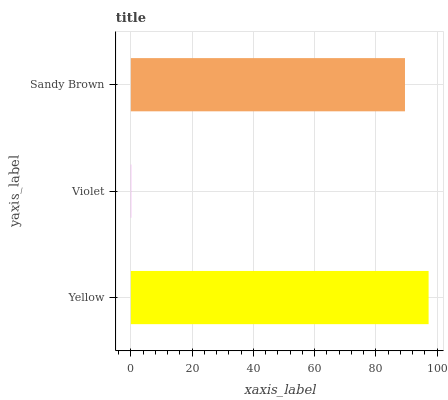
| yaxis_label | bars |
 | --- | --- |
 | Yellow | 97.2 |
 | Violet | 0.123 |
 | Sandy Brown | 89.5 |